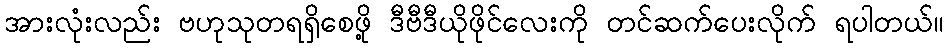
အားလုံးလည်း ဗဟုသုတရရှိစေဖို့ ဒီဗီဒီယိုဖိုင်လေးကို တင်ဆက်ပေးလိုက် ရပါတယ်။